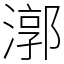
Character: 漷